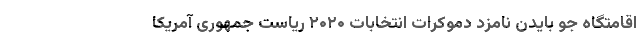
اقامتگاه جو بایدن نامزد دموکرات انتخابات ۲۰۲۰ ریاست جمهوری آمریکا